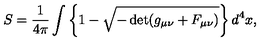
S = \frac { 1 } { 4 \pi } \int \left\{ 1 - \sqrt { - \det ( g _ { \mu \nu } + F _ { \mu \nu } ) } \right\} d ^ { 4 } x ,